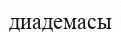
диадемасы